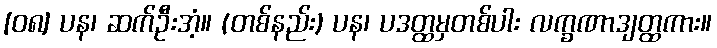
[၀၈] ပန၊ ဆက်ဦးအံ့။ (တစ်နည်း) ပန၊ ပဒတ္ထမှတစ်ပါး လက္ခဏာဒျတ္ထကား။